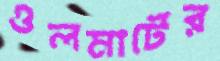
ওলমার্টের